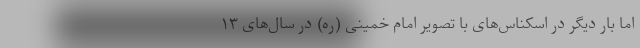
اما بار دیگر در اسکناس‌های با تصویر امام خمینی (ره) در سال‌های ۱۳